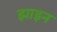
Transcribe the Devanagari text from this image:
झाइन